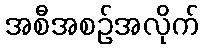
အစီအစဉ်အလိုက်